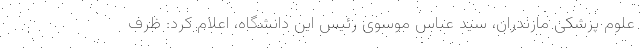
علوم پزشکی مازندران، سید عباس موسوی رئیس این دانشگاه، اعلام کرد: ظرف